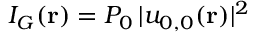
I _ { G } ( \mathbf { r } ) = P _ { 0 } \, | u _ { 0 , 0 } ( \mathbf { r } ) | ^ { 2 }